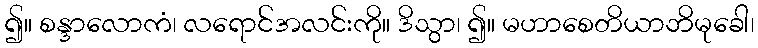
၍။ စန္ဒာလောကံ၊ လရောင်အလင်းကို။ ဒိသွာ၊ ၍။ မဟာစေတိယာဘိမုခေါ၊